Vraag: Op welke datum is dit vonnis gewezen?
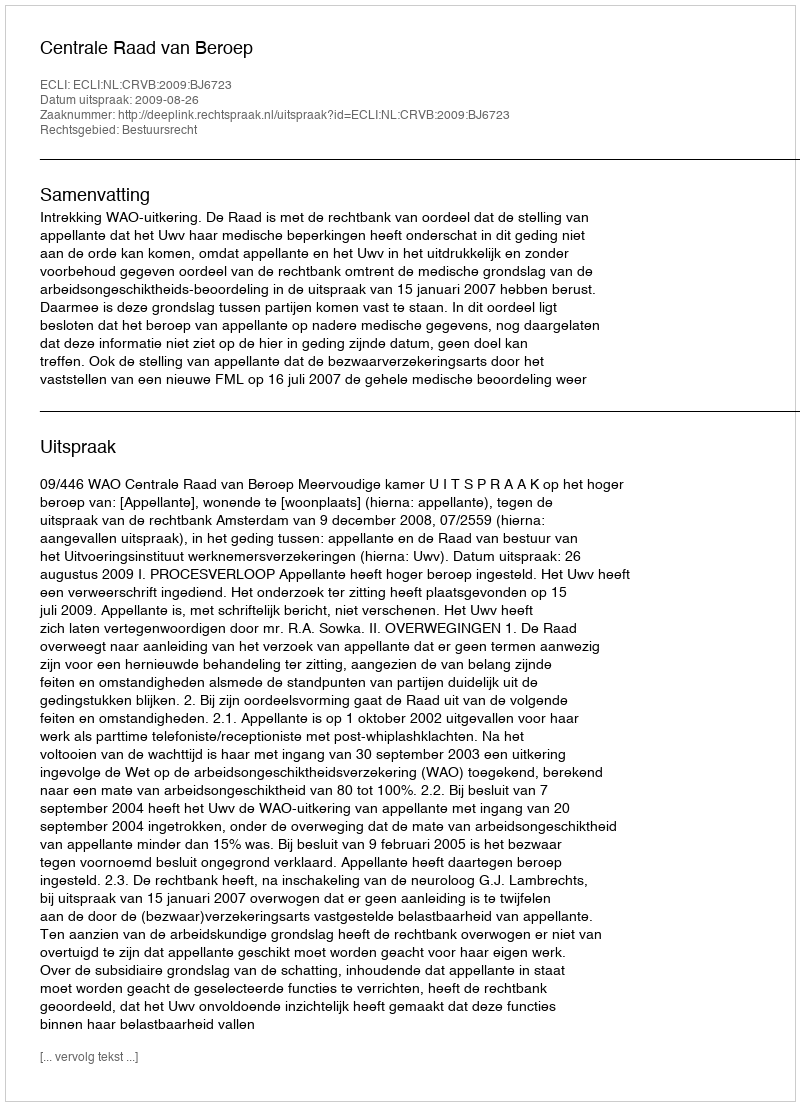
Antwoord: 2009-08-26